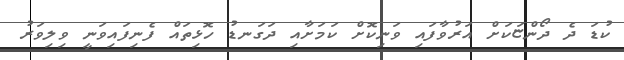
ކުޑަ ދެ ދޯންޏަކަށް އަރުވާފައި ވަނިކޮށް ކަމަށާއި ދަގަނޑު ހޮޅިތައް ފެނިފައިވަނީ ވިލިވަރު